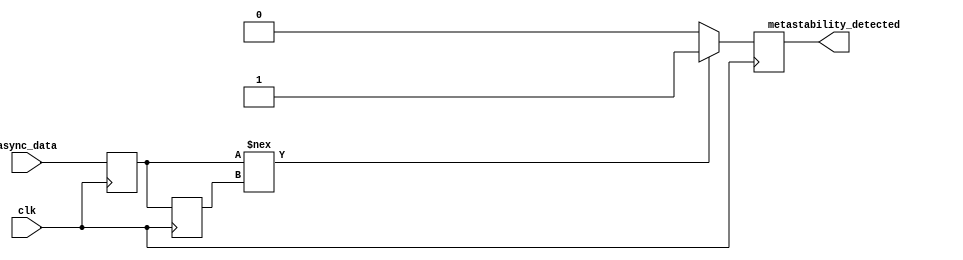
module MetastabilityDetector (
    input wire async_data,    // Asynchronous input signal
    input wire clk,           // Clock signal
    output reg metastability_detected // Output indicator for metastability
);

// Declare internal signals
reg ff1_out, ff2_out;       // Outputs of the flip-flops

// Flip-flop 1: First stage sampling the asynchronous input
always @(posedge clk) begin
    ff1_out <= async_data;
end

// Flip-flop 2: Second stage sampling the output of the first flip-flop
always @(posedge clk) begin
    ff2_out <= ff1_out;
end

// Metastability detection logic
always @(posedge clk) begin
    // Check if outputs of the two flip-flops are different
    if (ff1_out !== ff2_out) begin
        metastability_detected <= 1'b1; // Metastability condition detected
    end else begin
        metastability_detected <= 1'b0; // No metastability detected
    end
end

endmodule